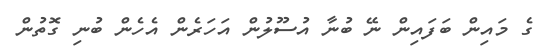
ގެ މައިން ބަފައިން ނޭ ބުނާ އުސޫލުން އަހަރެން އެހެން ބުނި ގޮތުން